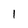
Character: 1